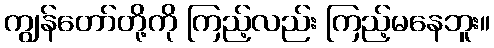
ကျွန်တော်တို့ကို ကြည့်လည်း ကြည့်မနေဘူး။